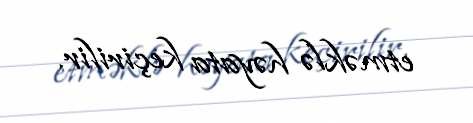
etməklə həyata keçirilir.